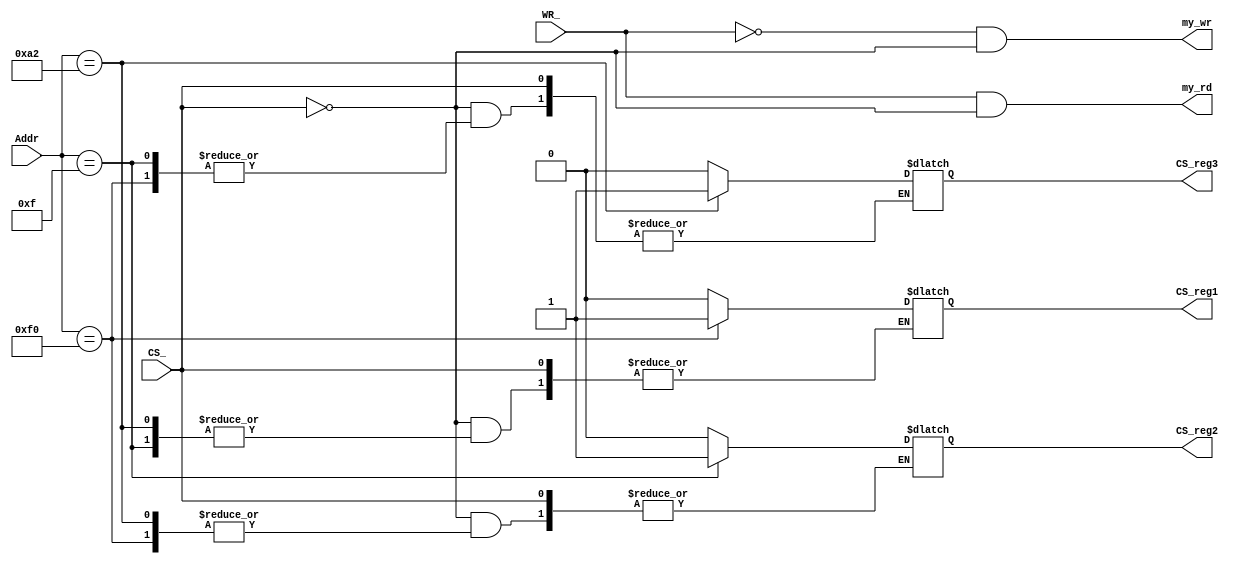
// decode circuit, combination logic

module decode (CS_, WR_, Addr, my_wr, my_rd, CS_reg1, CS_reg2, CS_reg3);

input        CS_, WR_;
input  [7:0] Addr;

output       my_wr, my_rd;
output       CS_reg1, CS_reg2, CS_reg3;

reg          CS_reg1, CS_reg2, CS_reg3;

assign my_wr = (!WR_) && (!CS_);
assign my_rd = (WR_)  && (!CS_);

always @ (Addr or CS_)
  if (!CS_)
     begin
       case (Addr)
          8'b 11110000: CS_reg1 <= 1'b1;
          8'b 00001111: CS_reg2 <= 1'b1;
          8'b 10100010: CS_reg3 <= 1'b1;
          default:     begin     
                           CS_reg1 <= 1'b0;   
                           CS_reg2 <= 1'b0;  
                           CS_reg3 <= 1'b0;                   
                       end
       endcase
     end

               
endmodule